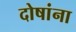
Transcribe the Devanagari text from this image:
दोषांना